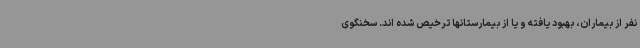
نفر از بیماران، بهبود یافته و یا از بیمارستانها ترخیص شده اند. سخنگوی